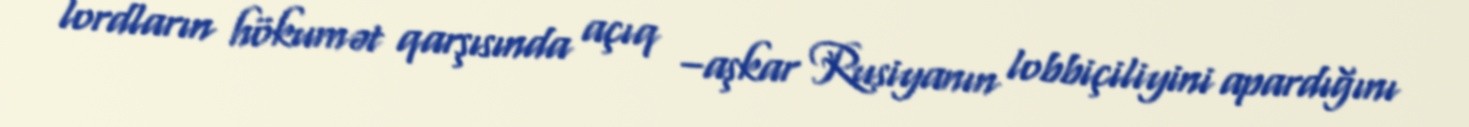
lordların hökumət qarşısında açıq –aşkar Rusiyanın lobbiçiliyini apardığını